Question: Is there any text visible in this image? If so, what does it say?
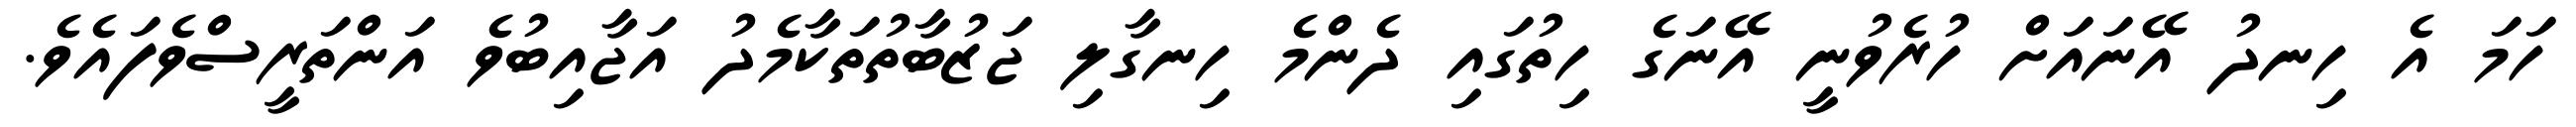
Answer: ހަމަ އެ ހިނދު އޭނައަށް ހުރެވުނީ އޭނަގެ ހިތުގައި ދެންމެ ހިނގާލި ޖަޒުބާތުތަކާމެދު އަޖާއިބުވެ އަންތަރީސްވެފައެވެ.